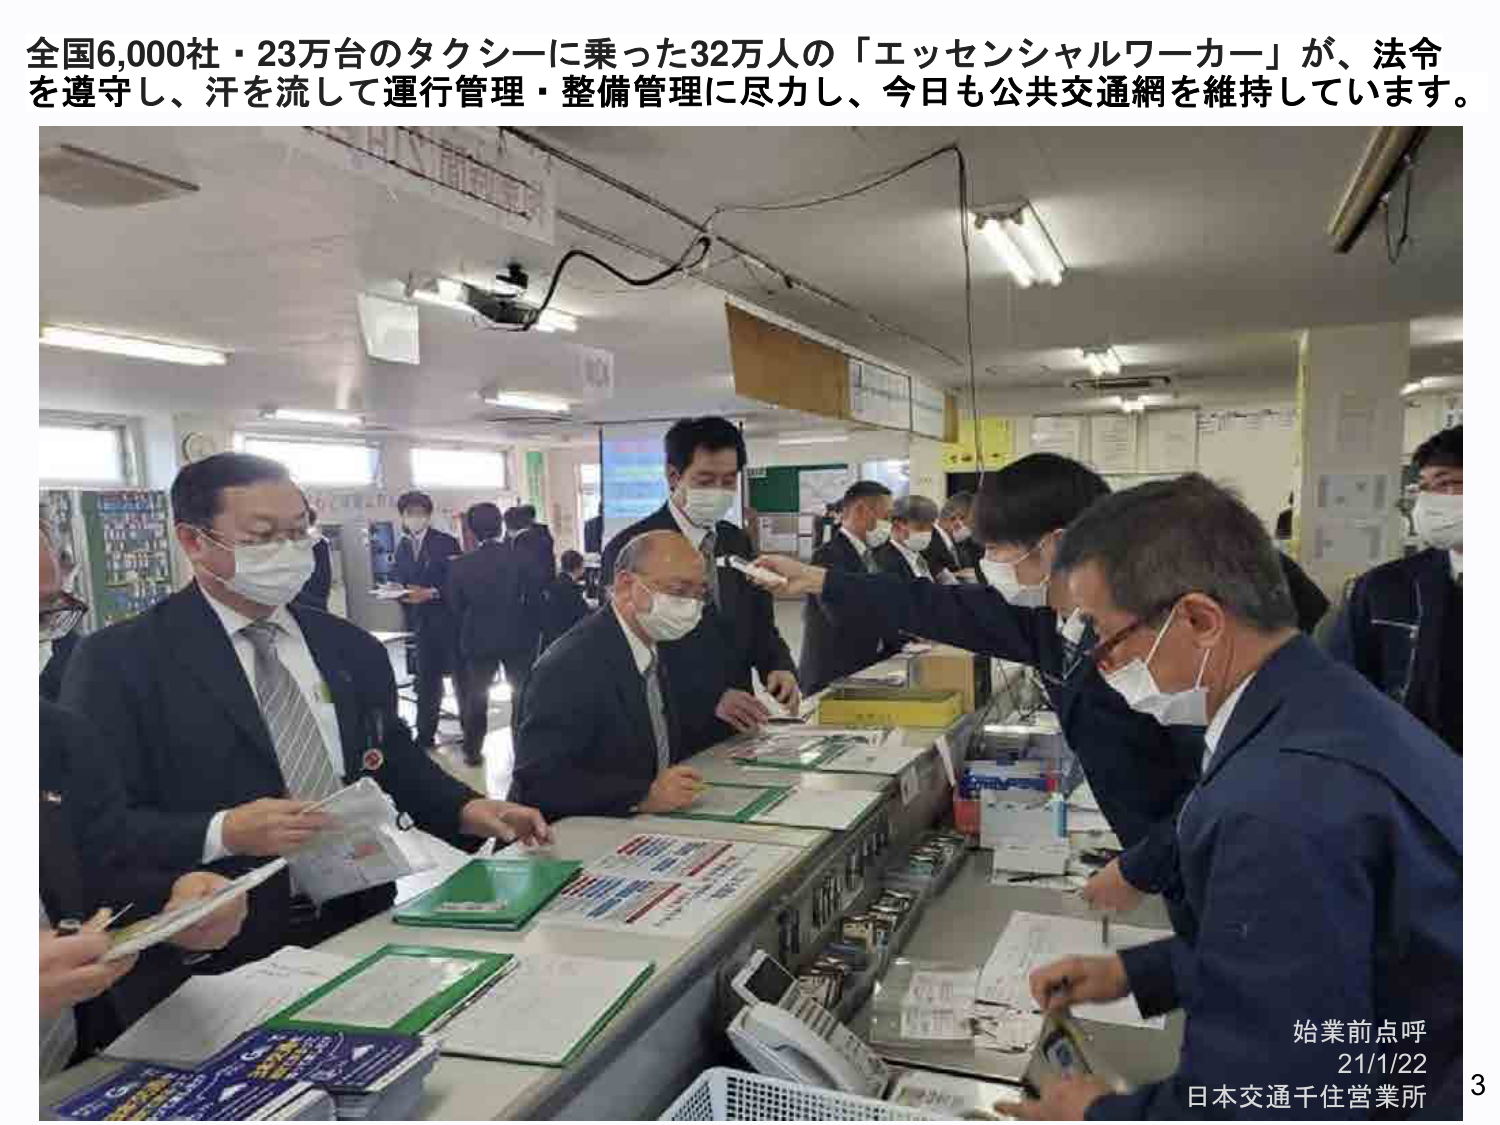
全国6,000社・23万台のタクシーに乗った32万人の「エッセンシャルワーカー」が、法令を遵守し、汗を流して運行管理・整備管理に尽力し、今日も公共交通網を維持しています。

始業前点呼
21/1/22
日本交通千住営業所
3